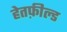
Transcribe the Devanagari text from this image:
हेतफ़ील्ड